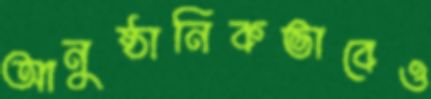
আনুষ্ঠানিকভাবেও